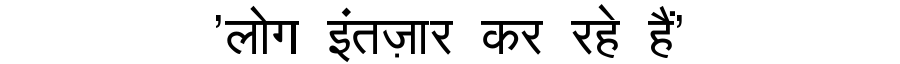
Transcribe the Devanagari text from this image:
'लोग इंतज़ार कर रहे हैं'